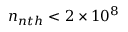
n _ { n t h } < 2 \times 1 0 ^ { 8 }